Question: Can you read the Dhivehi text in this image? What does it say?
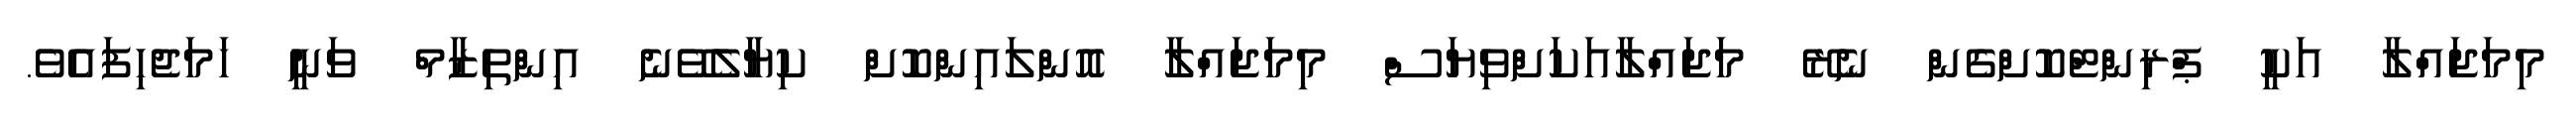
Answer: މިމަޖައްލާ އަކީ ޕްރިންޓްކޮށްގެން ނެރޭ މަޖައްލާއަކަށްވިޔަސް މިމަޖައްލާ އޮންލައިންކޮށް ކިޔާލެވޭނެ އިންތިޒާމް ވަނީ ހަމަޖެހިފައެވެ.